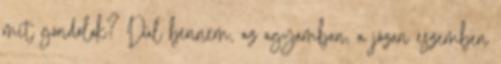
mit gondolok? Dúl bennem, az agyamban, a józan eszemben